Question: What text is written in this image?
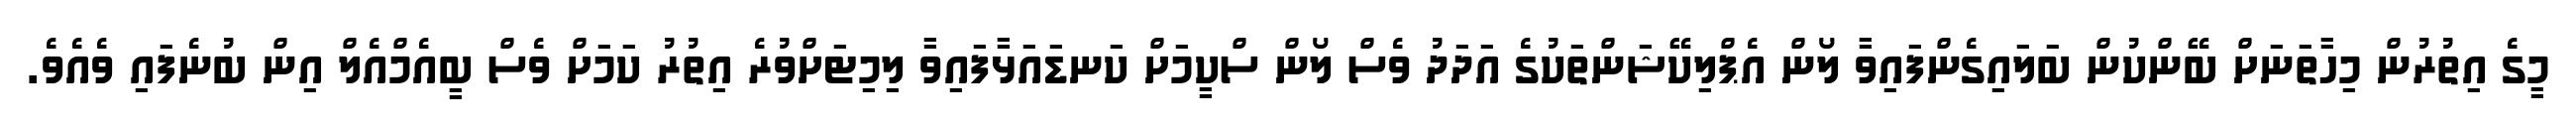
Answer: މީގެ އިތުރުން މިހާތަނަށް ބޭންކުން ބަލައިގެންފައިވާ ލޯން އެޕްލިކޭޝަންތަކުގެ އަދަދު ވެސް ލޯން ސްކީމަށް ކަނޑައަޅާފައިވާ ލިމިޓަށްވުރެ އިތުރު ކަމަށް ވެސް ބީއެމްއެލް އިން ބުނެފައި ވެއެވެ.